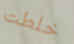
خلطت